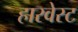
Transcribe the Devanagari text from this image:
हारवेस्ट